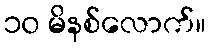
၁၀ မိနစ်လောက်။